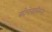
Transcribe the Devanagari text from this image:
कोरोनाविरुस